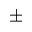
\pm